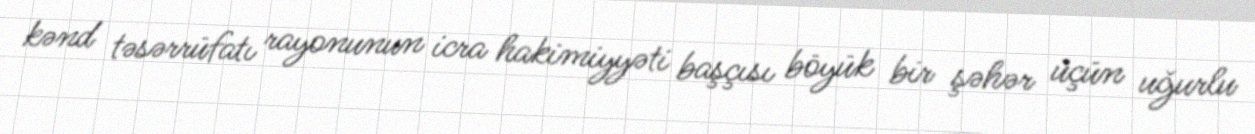
kənd təsərrüfatı rayonunun icra hakimiyyəti başçısı böyük bir şəhər üçün uğurlu